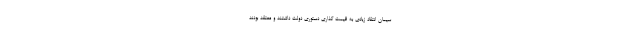
سیمان انتقاد زیادی به قیمت گذاری دستوری دولت داشتند و معتقد بودند